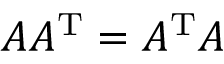
A A ^ { \mathrm { T } } = A ^ { \mathrm { T } } A